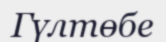
Гүлтөбе